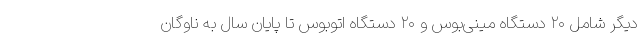
دیگر شامل ۲۰ دستگاه مینی‌بوس و ۲۰ دستگاه اتوبوس تا پایان سال به ناوگان